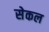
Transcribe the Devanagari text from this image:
सेकल